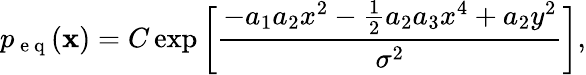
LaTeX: p_{\mathrm{~e~q~}}(\mathbf x)=C\exp\bigg[\frac{-a_{1}a_{2}x^{2}-\frac{1}{2}a_{2}a_{3}x^{4}+a_{2}y^{2}}{\sigma^{2}}\bigg],